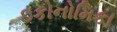
ઇકોનોમિકા